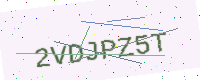
Text: 2VDJPZ5T